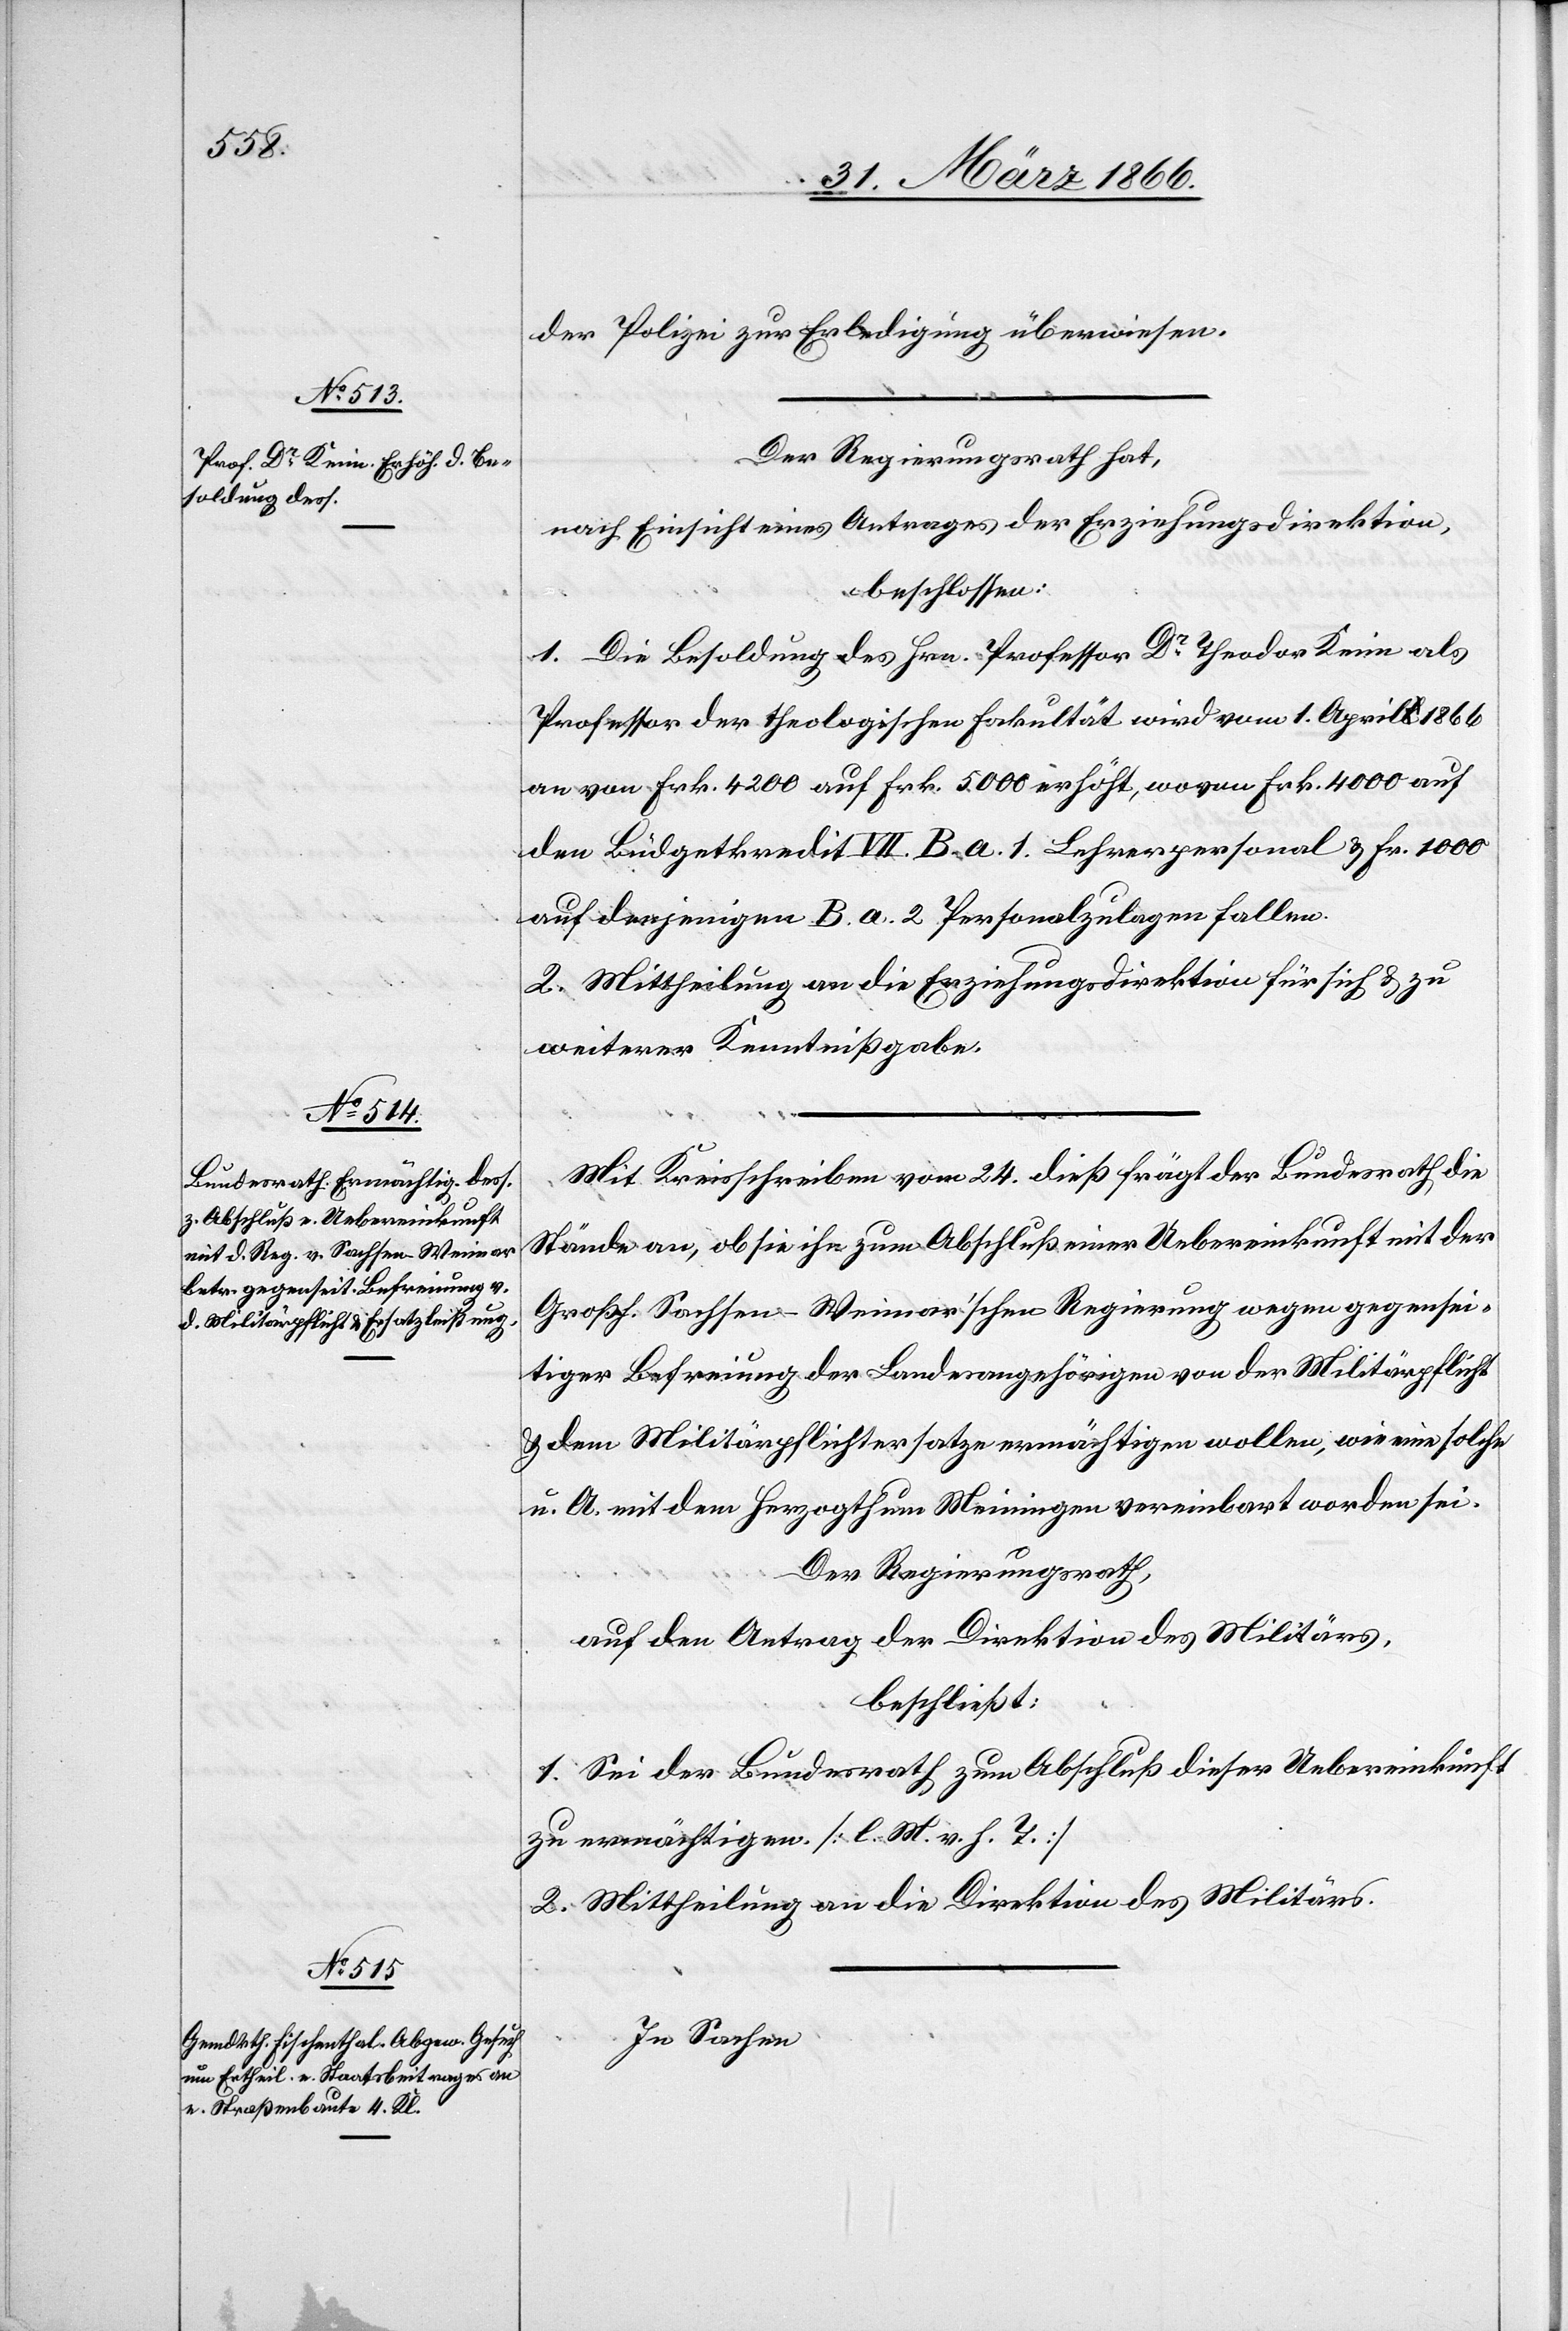
der Polizei zur Erledigung überwiesen.
Der Regierungsrath hat,
nach Einsicht eines Antrages der Erziehungsdirektion,
beschlossen:
1. Die Besoldung des Hrn. Professor Dr. Theodor Keim als
Professor der theologischen Fakultät wird vom 1. April 1866
an von Frk. 4200 auf Frk. 5000 erhöht, wovon Frk. 4000 auf
den Budgetkredit VII. B. a. 1 Lehrerpersonal u. Fr. 1000
auf denjenigen B. a. 2. Personalzulagen fallen.
2. Mittheilung an die Erziehungsdirektion für sich u. zu
weiterer Kenntnißgabe.
Mit Kreisschreiben vom 24. dieß frägt der Bundesrath die
Stände an, ob sie ihn zum Abschluß einer Uebereinkunft mit der
Großh. Sachsen-Weimar’schen Regierung wegen gegensei¬
tiger Befreiung der Landesangehörigen von der Militärpflicht
u. dem Militärpflichtersatze ermächtigen wollen, wie eine solche
u. A. mit dem Herzogthum Meiningen vereinbart worden sei.
Der Regierungsrath,
auf den Antrag der Direktion des Militärs,
beschließt:
1. Sei der Bundesrath zum Abschluß dieser Uebereinkunft
zu ermächtigen. [l. M. v. h. T.]
2. Mittheilung an die Direktion des Militärs.
In Sachen